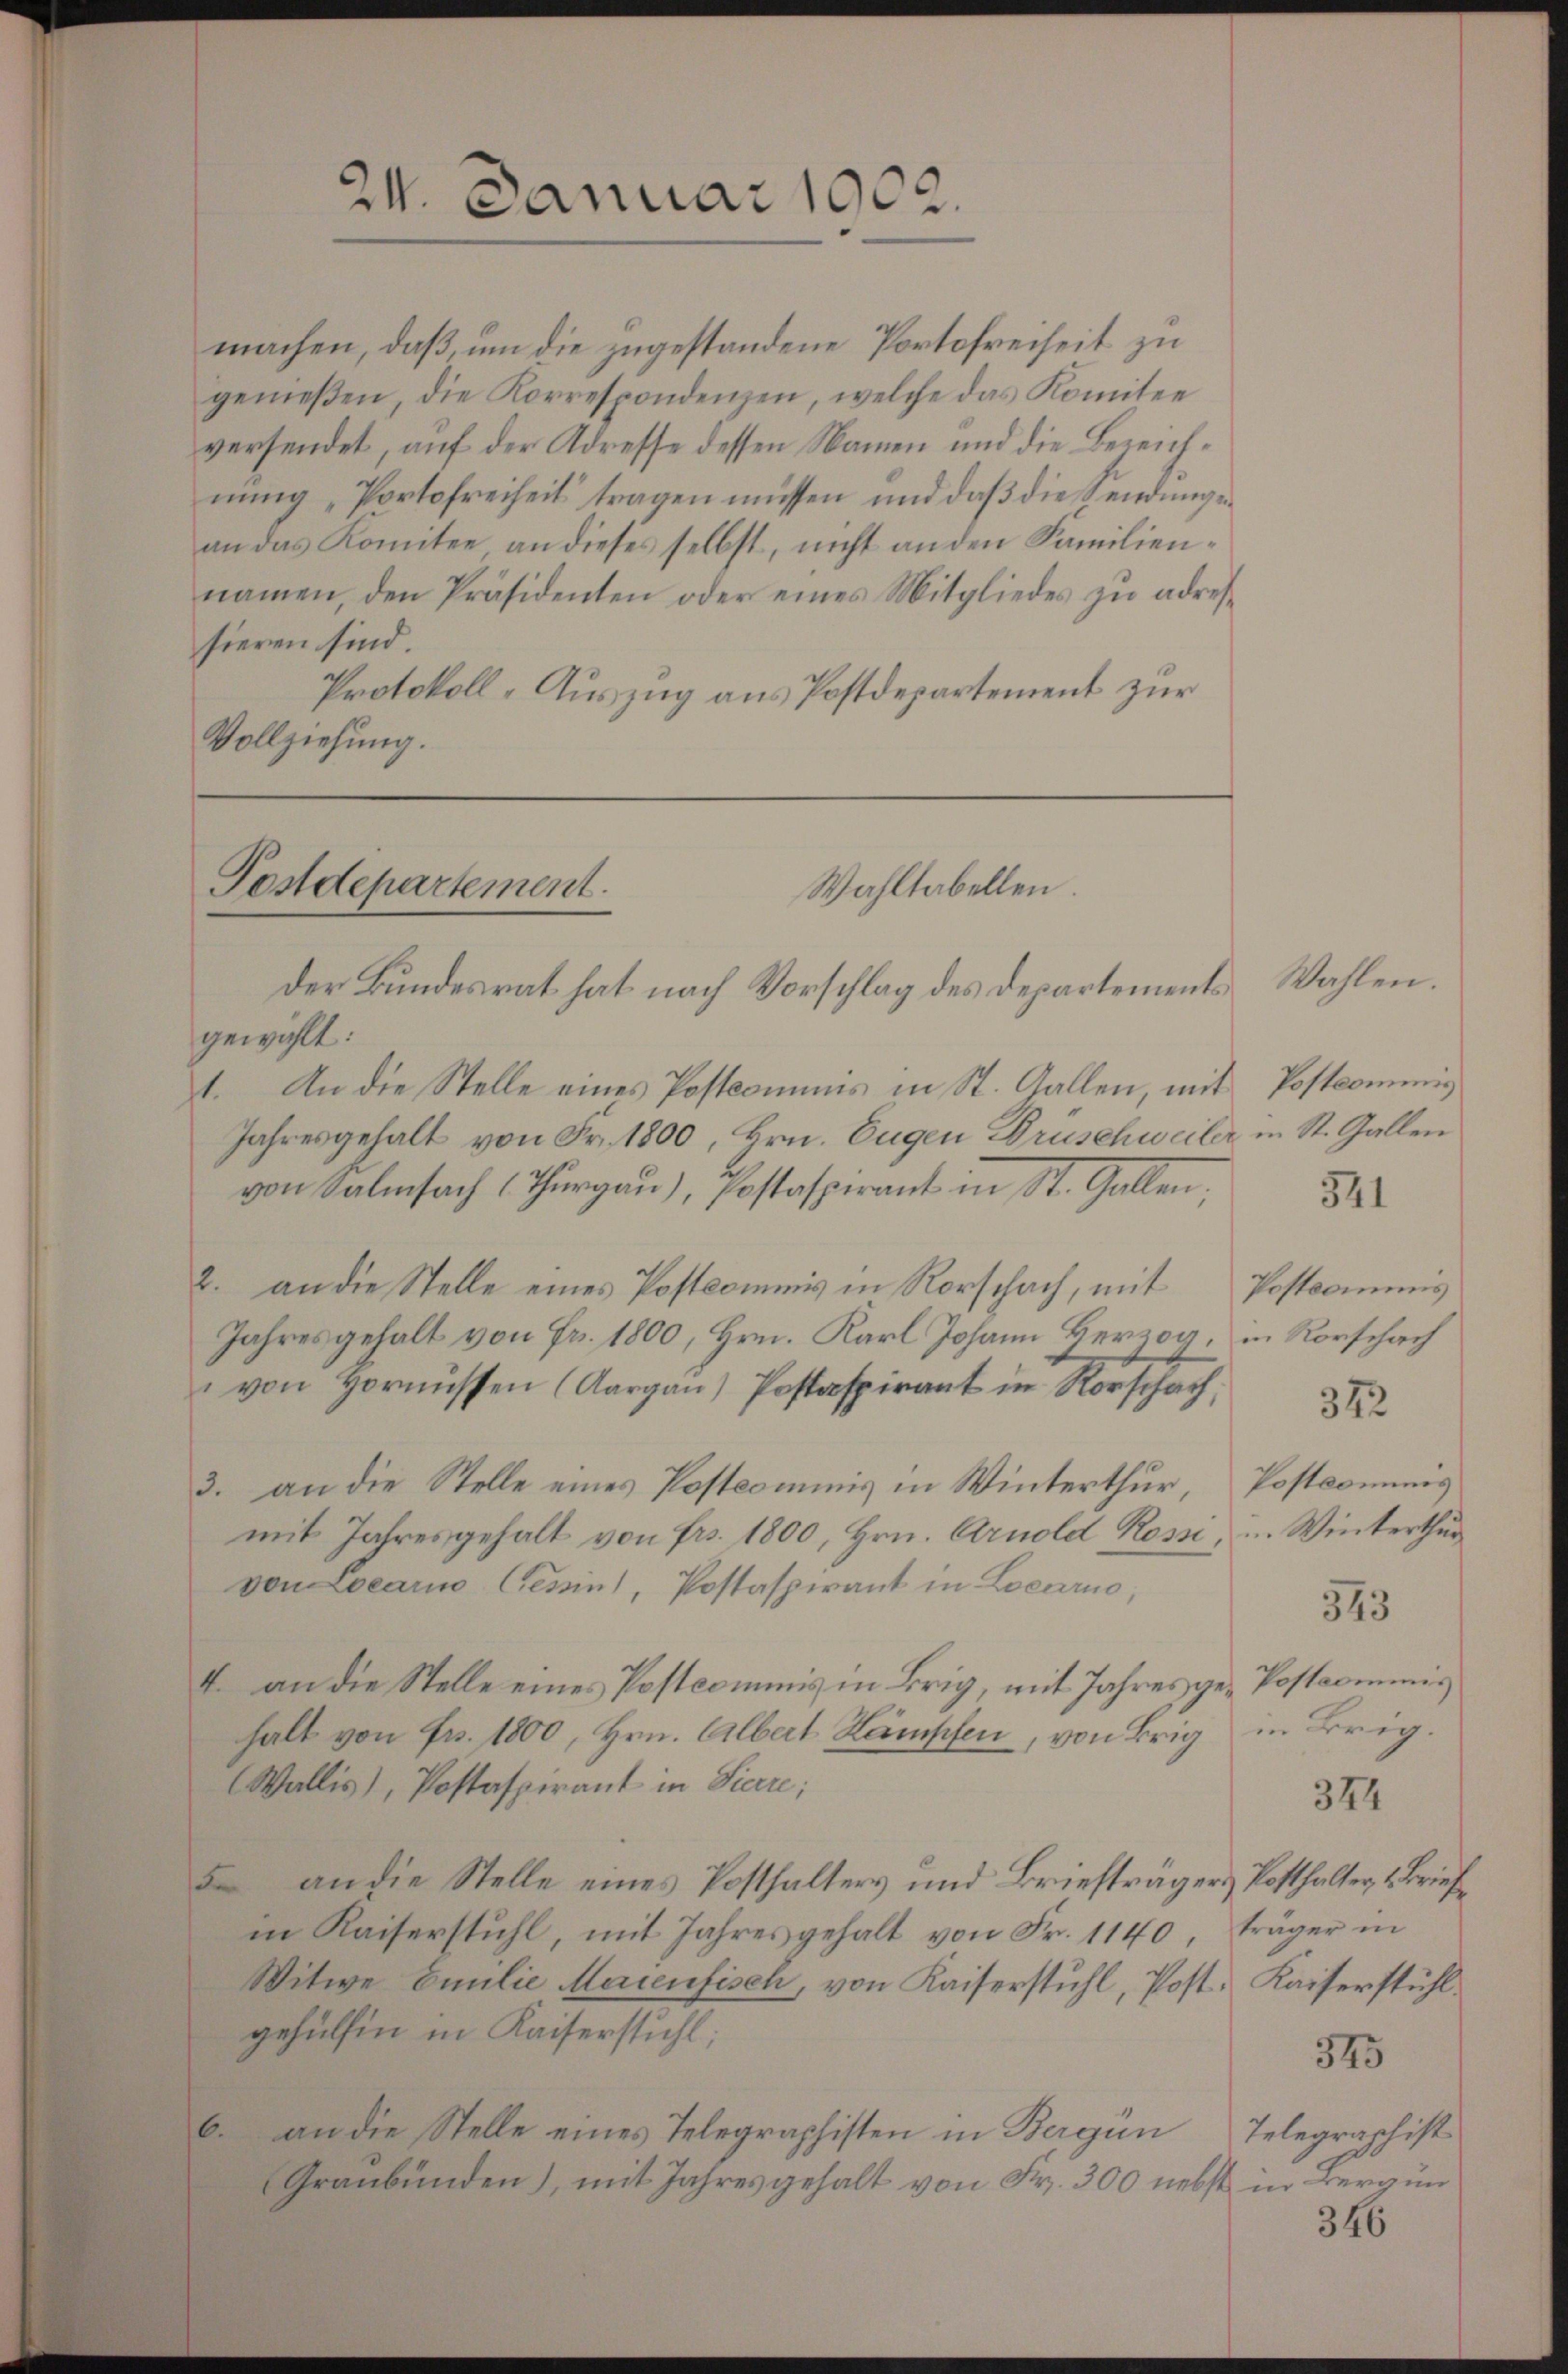
24. Januar 1902.

machen, daß, um die zugestandene Portofreiheit zu
genießen, die Korrespondenzen, welche das Komitee
versendet, auf der Adresse dessen Namen und die Bezeichnung „Portofreiheit tragen müssen und daß diesendungean das Komitee an dieses selbst, nicht an den Familien-
namen, den Präsidenten oder eines Mitgliedes zu adressieren sind.
Protokoll-Auszug aus Postdepartement zur
Vollziehung.

Postdepartement.
Wahltabellen.

der Bundesrat hat nach Vorschlag des Departementsgewählt:
1. An die Stelle eines Postcomuns in St. Gallen, mit Postcommis
Jahresgehalt von Fr. 1800, Hrn. Eugen Bruschweiler in St. Gallen
von Salinfach (Thurgau), Postaspirant in St. Gallen;
2. an die Stelle eines Postcommis in Rorschach, mit Postcommis
Jahres gehalt von Fr. 1800, Hrn. Karl Johann Berzog, in Rorschach
von Hornissen (Aargau) Postaspirant in Rorschach
3. an die Stelle eines Postcommis in Winterthur, Postkommnis
mit Jahresgehalt von Fr. 1800, Hrn. Arnold Rossi, u. Winterthur
von Locarno Gessin, Postaspirant in Locarno,
4. an die Stelle eines Postcommis in Brig, mit Jahres gehalt von Fr. 1800, Hrn. Albert Kämpfen, von Brig in Brig.
Wallis), Postaspirant in Sieere;
5 an die Stelle eines Posthalters und Briefträgers Posthalter, 1 Briefin Kaiserstuhl, mit Jahres gehalt von Fr. 1140, träger in
Witwe Emilie Marienfisch, von Kaiserstuhl, Post. Kaiserstühl
gehülfen in Kaiserstuhl;
6. an die Stelle eines Telegraphisten in Bergen
Graubünden), mit Jahres gehalt von Fr. 300 nebst in Berg un

Wahlen.

541

342

543

Postkommis

344

345

Telegraphist

346